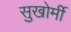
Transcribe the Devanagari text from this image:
सुखोर्मी